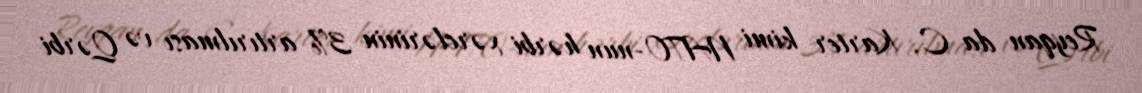
Reyqan da C. Karter kimi NATO-nun hərbi xərclərinin 3% artırılması və Qərbi